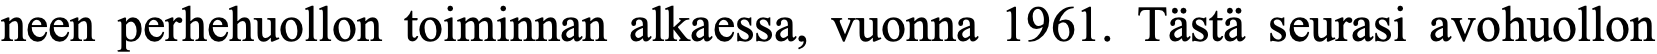
neen perhehuollon toiminnan alkaessa, vuonna 1961. Tästä seurasi avohuollon